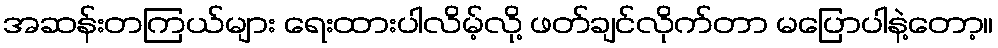
အဆန်းတကြယ်များ ရေးထားပါလိမ့်လို့ ဖတ်ချင်လိုက်တာ မပြောပါနဲ့တော့။